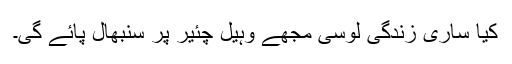
کیا ساری زندگی لوسی مجھے وہیل چئیر پر سنبھال پائے گی۔